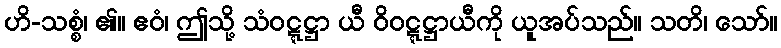
ဟိ-သစ္စံ၊ ၏။ ဧဝံ၊ ဤသို့ သံဝဋ္ဋဋ္ဌာ ယီ ဝိဝဋ္ဋဋ္ဌာယီကို ယူအပ်သည်။ သတိ၊ သော်။